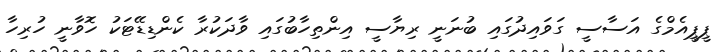
ޕީޕީއެމްގެ އަސާސީ ގަވައިދުގައި ބުނަނީ ރިޔާސީ އިންތިހާބުގައި ވާދަކުރާ ކެންޑިޑޭޓަކު ހޮވާނީ ހުރިހާ